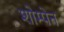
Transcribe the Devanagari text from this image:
शोम्पेन